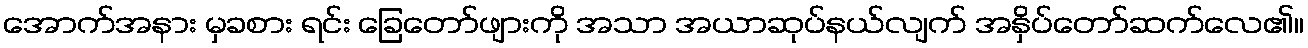
အောက်အနား မှခစား ရင်း ခြေတော်ဖျားကို အသာ အယာဆုပ်နယ်လျက် အနှိပ်တော်ဆက်လေ၏။